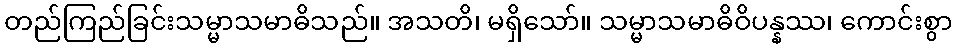
တည်ကြည်ခြင်းသမ္မာသမာဓိသည်။ အသတိ၊ မရှိသော်။ သမ္မာသမာဓိဝိပန္နဿ၊ ကောင်းစွာ